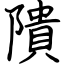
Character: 隤